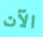
الآن